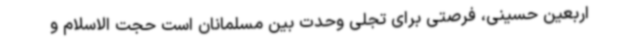
اربعین حسینی، فرصتی برای تجلی وحدت بین مسلمانان است حجت الاسلام و